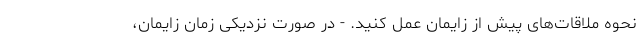
نحوه ملاقات‌های پیش از زایمان عمل کنید. - در صورت نزدیکی زمان زایمان،